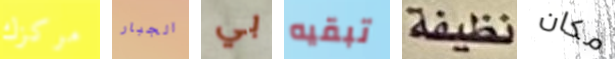
مركزك الجبار بي تبقيه نظيفة مكان